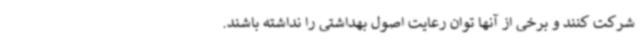
شرکت کنند و برخی از آنها توان رعایت اصول بهداشتی را نداشته باشند.‌